Annual report on the mental hospital in the Central Provinces and Berar (Nagpur) - 1927-1951
Year: 1927
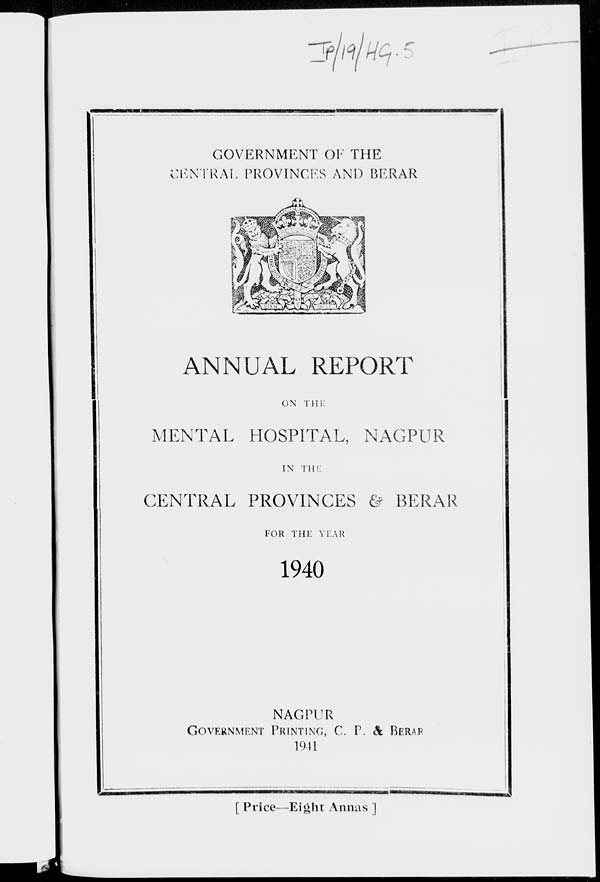
GOVERNMENT OF THE
CENTRAL PROVINCES AND BERAR
ANNUAL REPORT
ON THE
MENTAL HOSPITAL, NAGPUR
IN THE
CENTRAL PROVINCES & BERAR
FOR THE YEAR
1940
NAGPUR
GOVERNMENT PRINTING, C. P. & BERAR
1941
[ Price—Eight Annas ]